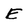
Character: E